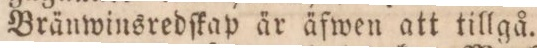
Bränwinsredſkap är äfwen att tillgå.